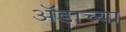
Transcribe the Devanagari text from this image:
ॲडाच्या